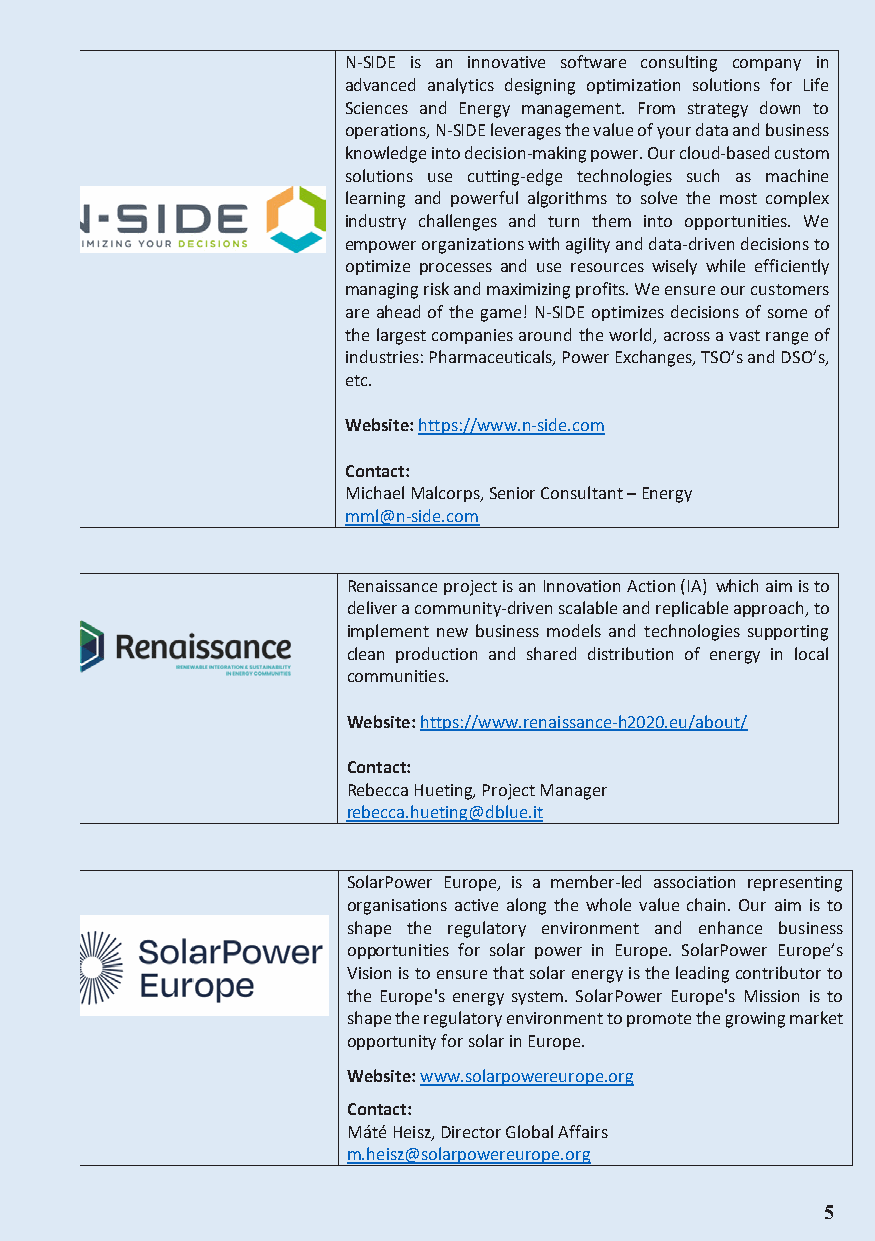
N-SIDE is an innovative software consulting company in
 advanced analytics designing optimization solutions for Life
 Sciences and Energy management. From strategy down to
 operations, N-SIDE leverages the value of your data and business
 Coknmowpledagne iynt oP dreocisfiiolne-msaking power. Our cloud-based custom
 solutions use cutting-edge technologies such as machine
 MERLON introduces an integrated modular local energy learning and powerful algorithms to solve the most complex
 management framework for the holistic operational industry challenges and turn them into opportunities. We
 optimisation of local energy systems in presence of high shares empower organizations with agility and data-driven decisions to
 of volatile distributed renewable energy sources. Optimisation in optimize processes and use resources wisely while efficiently
 MERLON applies to multiple levels spanning optimal managing risk and maximizing profits. We ensure our customers
 coordination of local generation as well as flexibility provision to are ahead of the game! N-SIDE optimizes decisions of some of
 facilitate maximum integration of renewable energy, avoidance the largest companies around the world, across a vast range of
 of curtailment and satisfaction of balancing/ancillary grid needs. industries: Pharmaceuticals, Power Exchanges, TSO’s and DSO’s,
 In this sense MERLON will also enable the realisation of novel etc.
 business models, allowing local energy communities to
 introduce themselves in local flexibility markets, while assigning Website: https://www.n-side.com
 to local Distribution System Operators the tools for the provision
 of added value services to the overlay distribution grid. Contact:
 Michael Malcorps, Senior Consultant – Energy
 Website: https://www.merlon-project.eu mml@n-side.com
 Contact:
 Katerina Valalaki, Project Manager Renaissance project is an Innovation Action (IA) which aim is to
 k.valalaki@hypertech.gr deliver a community-driven scalable and replicable approach, to
 implement new business models and technologies supporting
 clean production and shared distribution of energy in local
 communities.
 MUSE Grids project aims to demonstrate, system-wide and in
 real-life operational conditions, a set of both technological and Website: https://www.renaissance-h2020.eu/about/
 non-technological solutions adapted to local circumstances
 targeting local urban energy grids (electricity, heating & cooling, Contact:
 water, gas, e-mobility) to enable maximization of affordable Rebecca Hueting, Project Manager
 local energy independency thanks to optimized management of rebecca.hueting@dblue.it
 the production via end users’ centred control strategies, smart
 grid functionalities, storage and energy system integration with
 the objective of paving the way for their introduction in the SolarPower Europe, is a member-led association representing
 market in the near future. organisations active along the whole value chain. Our aim is to
 shape the regulatory environment and enhance business
 Website: www.muse-grids.eu opportunities for solar power in Europe. SolarPower Europe’s
 Vision is to ensure that solar energy is the leading contributor to
 Contact:               the Europe's energy system. SolarPower Europe's Mission is to
 Alessandra Cuneo, Project Manager shape the regulatory environment to promote the growing market
 alessandra.cuneo@rina.org opportunity for solar in Europe.
 Website: www.solarpowereurope.org
 Contact:
 Máté Heisz, Director Global Affairs
 m.heisz@solarpowereurope.org
 4
 www.renewableeneergyindiaexpo.com 87
 5
 Information Classification: General
 Information Classification: General